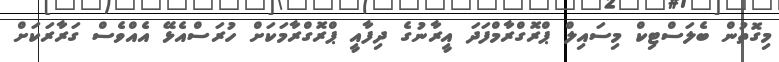
މިގޮތުން ބެލަސްޓިކް މިސައިލް ޕްރޮގްރާމްފަދަ އީރާނުގެ ދިފާއީ ޕްރޮގްރާމަކަށް ހުރަސްއެޅޭ އެއްވެސް ގަރާރަކަށް